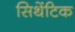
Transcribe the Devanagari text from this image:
सिथेंटिक